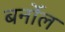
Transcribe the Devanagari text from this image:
बर्नोल